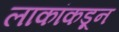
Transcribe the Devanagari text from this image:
लाकांकडून